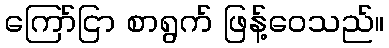
ကြော်ငြာ စာရွက် ဖြန့်ဝေသည်။